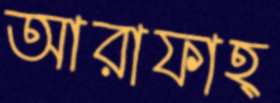
আরাফাহ্